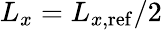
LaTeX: L_{x}=L_{x,\mathrm{ref}}/2